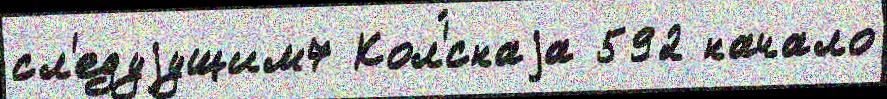
сл'едуjущим7 Кол'́снаjа 592 начало